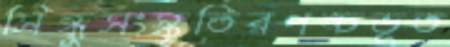
সিন্ধুসংস্কৃতিরপঙ্চভূত